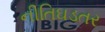
નીતિઘડતર